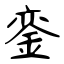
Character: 銮